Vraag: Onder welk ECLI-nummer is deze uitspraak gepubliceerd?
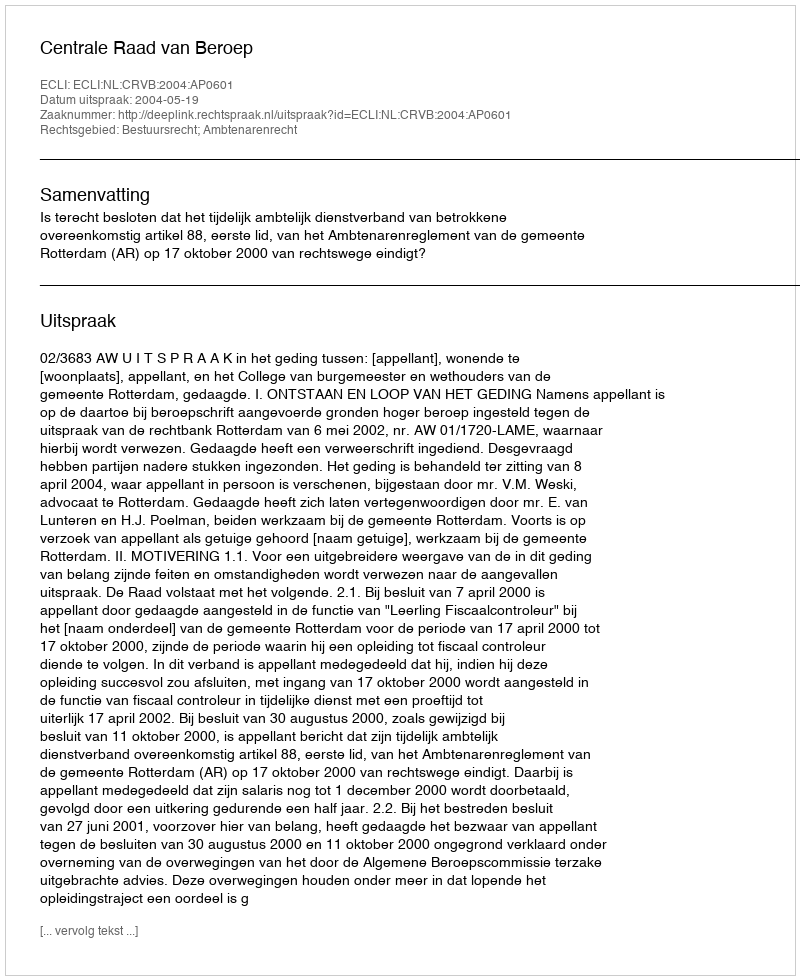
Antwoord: ECLI:NL:CRVB:2004:AP0601